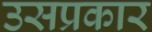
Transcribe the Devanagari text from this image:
उसप्रकार